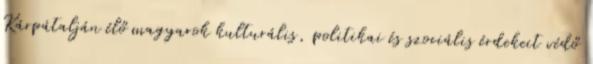
Kárpátalján élő magyarok kulturális, politikai és szociális érdekeit védő